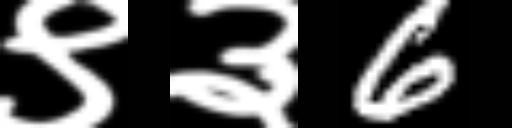
Text: ९३6